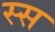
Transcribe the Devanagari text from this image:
स्स